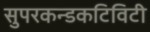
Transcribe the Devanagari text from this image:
सुपरकन्डकटिविटी